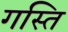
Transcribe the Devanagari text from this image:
गस्ति